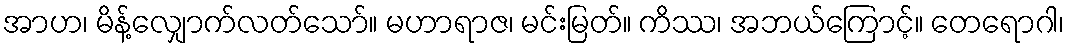
အာဟ၊ မိန့်လျှောက်လတ်သော်။ မဟာရာဇ၊ မင်းမြတ်။ ကိဿ၊ အဘယ်ကြောင့်။ တေရောဂါ၊